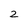
Character: 2